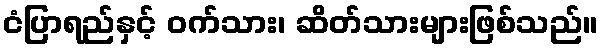
ငံပြာရည်နှင့် ဝက်သား၊ ဆိတ်သားများဖြစ်သည်။